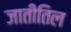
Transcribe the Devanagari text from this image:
जातीतिल